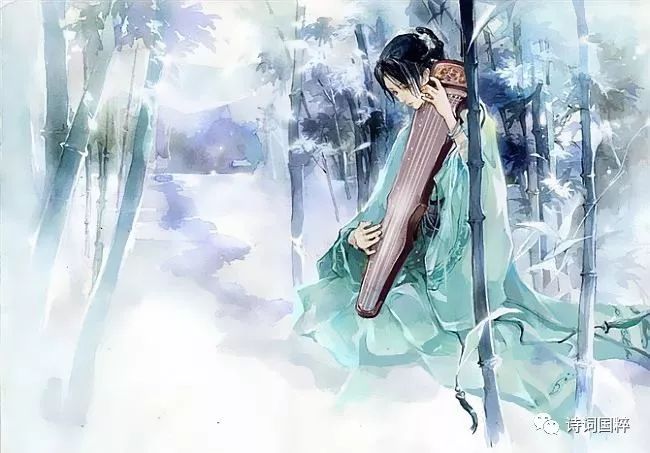
离情被横笛，吹过乱山东。